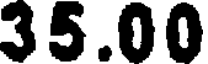
35.00